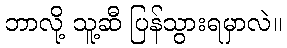
ဘာလို့ သူ့ဆီ ပြန်သွားရမှာလဲ။